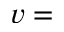
v =